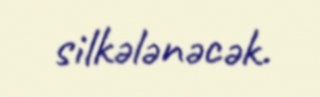
silkələnəcək.